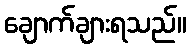
ချောက်ချားရသည်။